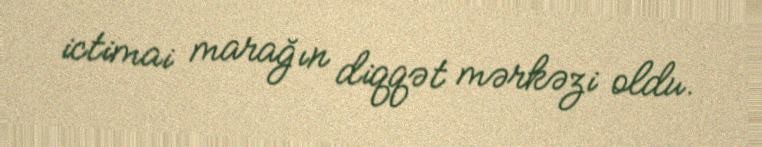
ictimai marağın diqqət mərkəzi oldu.